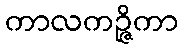
ကာလကဉ္ဇိကာ